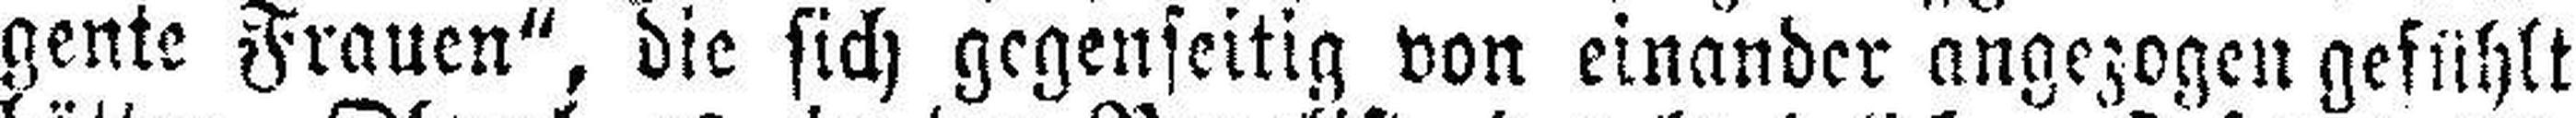
gente Frauen“, die sich gegenseitig von einander angezogen gefühlt